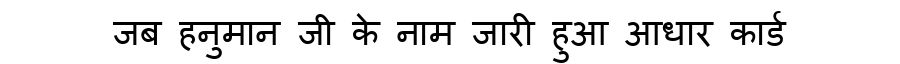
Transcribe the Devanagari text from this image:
जब हनुमान जी के नाम जारी हुआ आधार कार्ड